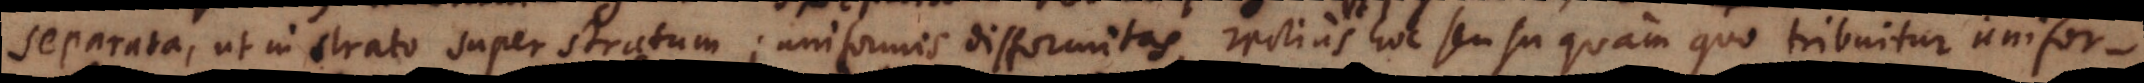
separata, ut in strato superstratum; uniformis difformitas, rectius hoc sensu quam quo tribuitur uniformi